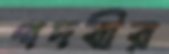
পদবীর